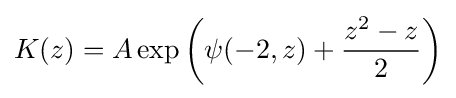
K(z)=A\exp \left(\psi (-2,z)+{\frac {z^{2}-z}{2}}\right)